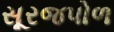
સૂરજપોળ